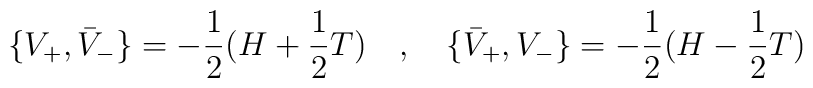
\lbrace V_+, \bar V_-\rbrace = -{1\over 2} (H+{1\over 2}T)\quad ,\quad \lbrace \bar V_+, V_-\rbrace = - {1\over 2} (H-{1\over 2} T)